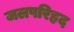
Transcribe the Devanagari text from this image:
जलपरिहृद